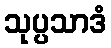
သုပ္ပသာဒံ